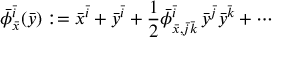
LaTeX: \bar { \phi } _ { \bar { x } } ^ { \bar { i } } ( \bar { y } ) : = \bar { x } ^ { \bar { i } } + \bar { y } ^ { \bar { i } } + \frac 1 2 \bar { \phi } _ { \bar { x } , \bar { j } \bar { k } } ^ { \bar { i } } \, \bar { y } ^ { \bar { j } } \bar { y } ^ { \bar { k } } + \cdots